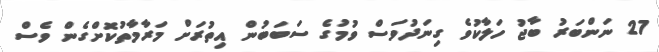
27 ނަންބަރު ބާޖު ހަލާކުވެ ގިނަދުވަސް ވުމުގެ ސަބަބުން އިތުރަށް މަރާމާތުކޮށްގެން ވެސް